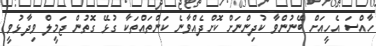
ހާއްސަ އެހީއަށް ބޭނުންވާ ކުދިންނަށް ކޮށްދެއްވާނެ ކަންތައްތަކާ ގުޅޭ ގޮތުން ޖަމީލް ވިދާޅުވީ